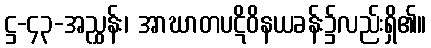
ဋ္ဌ-၄၃-အညွှန်း၊ အာဃာတပဋိဝိနယခန်း၌လည်းရှိ၏။